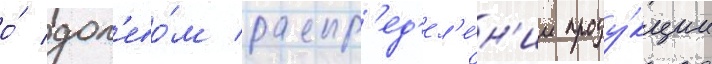
о́ дол'ево́м распр'ед'ел'е́н'ии проду́кции